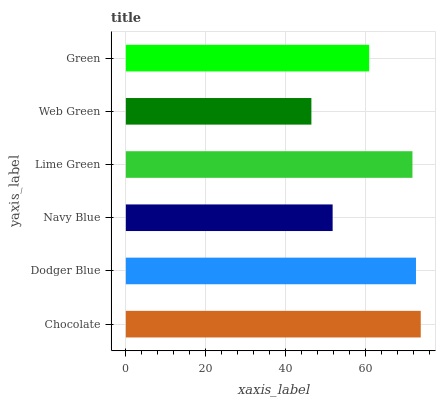
| yaxis_label | bars |
 | --- | --- |
 | Chocolate | 73.8 |
 | Dodger Blue | 72.6 |
 | Navy Blue | 51.8 |
 | Lime Green | 71.8 |
 | Web Green | 46.5 |
 | Green | 60.9 |